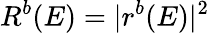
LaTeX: R^{b}(E)=|r^{b}(E)|^{2}